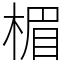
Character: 楣